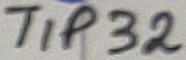
Text: TIP32